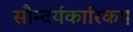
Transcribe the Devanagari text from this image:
सौन्दर्यकारिका।